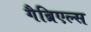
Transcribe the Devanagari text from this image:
गैब्रिएल्स